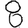
Digit: 8